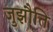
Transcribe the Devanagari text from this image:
जुझौति